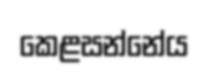
කෙළසන්නේය